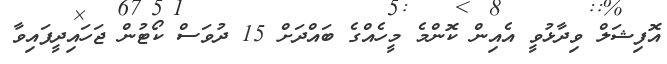
އޮފިޝަލް ވިދާޅުވީ އެއިން ކޮންމެ މީހެއްގެ ބައްދަށް 15 ދުވަސް ކޯޓުން ޖަހައިދީފައިވާ